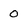
Character: 0